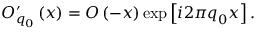
O _ { \boldsymbol { q } _ { 0 } } ^ { \prime } \left( \boldsymbol { x } \right) = O \left( - \boldsymbol { x } \right) \exp \left[ i 2 \pi \boldsymbol { q } _ { 0 } \boldsymbol { x } \right] .